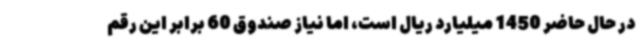
در حال حاضر 1450 میلیارد ریال است، اما نیاز صندوق 60 برابر این رقم